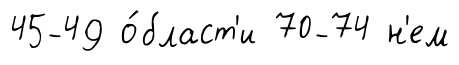
45-49 о́бласт'и 70-74 н'ем